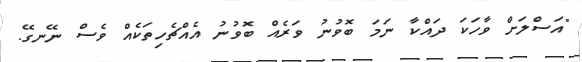
"އަސްލަށް ވާހަކަ ދައްކާ ނަމަ ބޮވުނު ވަރެއް ބޮވުނު އެއްޗެހިތަކެއް ވެސް ނޭނގޭ.